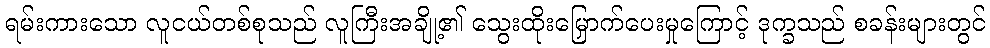
ရမ်းကားသော လူငယ်တစ်စုသည် လူကြီးအချို့၏ သွေးထိုးမြှောက်ပေးမှုကြောင့် ဒုက္ခသည် စခန်းများတွင်